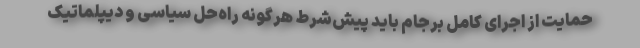
حمایت از اجرای کامل برجام باید پیش‌شرط هرگونه راه‌حل سیاسی و دیپلماتیک